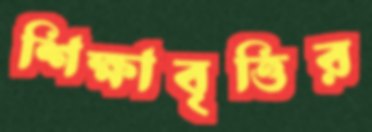
শিক্ষাবৃত্তির